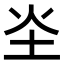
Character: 𪢾